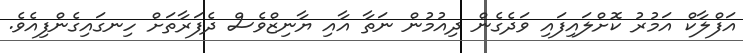
އަފްލާކް އަމުރު ކޮށްލައިފައި ވަދެގެން ދިއުމުން ނަތާ އާއި ޔާނިޒްވެސް ދެފަރާތަށް ހިނގައިގެންފިއެވެ.